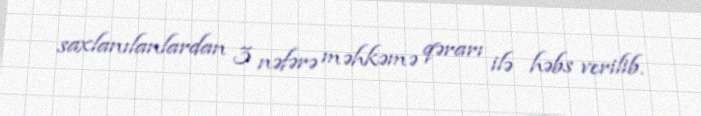
saxlanılanlardan 3 nəfərə məhkəmə qərarı ilə həbs verilib.